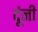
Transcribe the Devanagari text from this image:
दूंनी